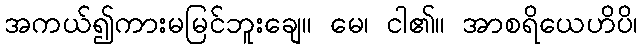
အကယ်၍ကားမမြင်ဘူးချေ။ မေ၊ ငါ၏။ အာစရိယေဟိပိ၊